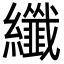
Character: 纖